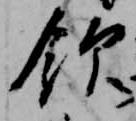
飲